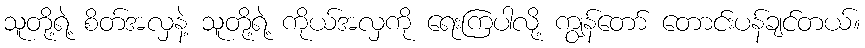
သူတို့ရဲ့ စိတ်အလှနဲ့ သူတို့ရဲ့ ကိုယ်အလှကို ရေးကြပါလို့ ကျွန်တော် တောင်းပန်ချင်တယ်။